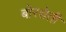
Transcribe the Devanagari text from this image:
बोरशेती